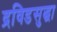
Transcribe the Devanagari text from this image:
द्रविडसुद्धा